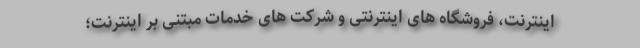
اینترنت، فروشگاه های اینترنتی و شرکت های خدمات مبتنی بر اینترنت؛